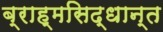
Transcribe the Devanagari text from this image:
ब्राह्मसिद्धान्त